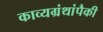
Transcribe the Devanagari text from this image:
काव्यग्रंथांपैकी